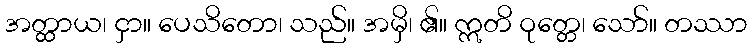
အတ္ထာယ၊ ငှာ။ ပေသိတော၊ သည်။ အမှိ၊ ၏။ ဣတိ ဝုတ္တေ၊ သော်။ တဿာ